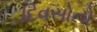
દિવસોનો